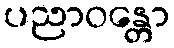
ပညာဝန္တော